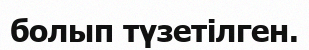
болып түзетілген.